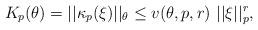
LaTeX: \begin{align*} K_p(\theta) = ||\kappa_p(\xi)||_{\theta} \le v(\theta,p,r) \ ||\xi||_p^r, \ \end{align*}